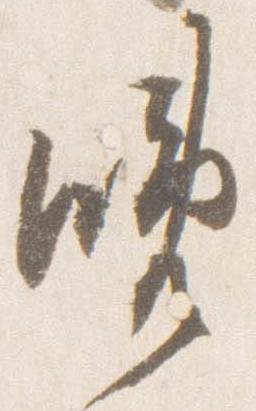
晩